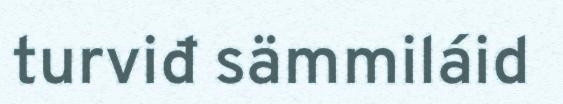
turviđ sämmiláid